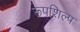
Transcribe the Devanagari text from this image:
रूपशिल्प